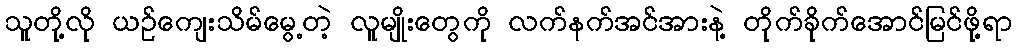
သူတို့လို ယဉ်ကျေးသိမ်မွေ့တဲ့ လူမျိုးတွေကို လက်နက်အင်အားနဲ့ တိုက်ခိုက်အောင်မြင်ဖို့ရာ